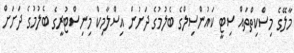
މާލޭގެ މިސްކިތްތައް ސިޓީ ކައުންސިލްގެ ބެލުމުގެ ދަށުން އިސްލާމިކް މިނިސްޓުރީގެ ބެލުމުގެ ދަށަށް